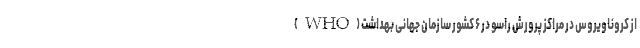
از کروناویروس در مراکز پرورش راسو در ۶ کشور سازمان جهانی بهداشت (WHO)